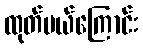
ထုတ်ပယ်ကြောင်း